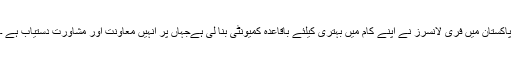
پاکستان میں فری لانسرز نے اپنے کام میں بہتری کیلئے باقاعدہ کمیونٹی بنا لی ہےجہاں پر انہیں معاونت اور مشاورت دستیاب ہے ۔